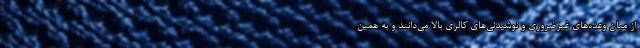
از میان وعده‌های غیرضروری و نوشیدنی‌های کالری بالا می‌دانند و به همین